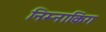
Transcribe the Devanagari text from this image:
निम्नाकिंग